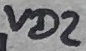
Text: VD2